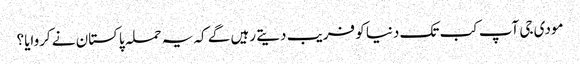
مودی جی آپ کب تک دنیا کو فریب دیتے رہیں گے کہ یہ حملہ پاکستان نے کروایا؟